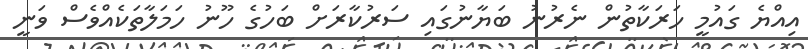
އިއްޔެ ގައުމީ ހަރަކާތުން ނެރުނު ބަޔާނުގައި ސަރުކާރަށް ބަހުގެ ހޫނު ހަމަލާތަކެއްވެސް ވަނީ